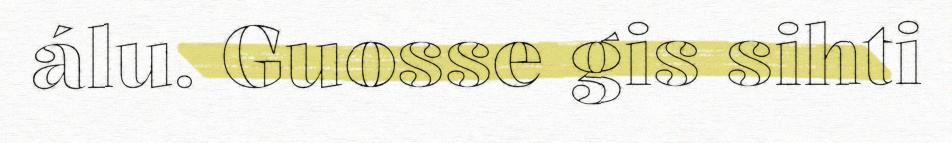
álu. Guosse gis sihti